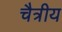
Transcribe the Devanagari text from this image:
चैत्रीय